Report on vaccination North-West Frontier Province 1904-1922 - 1904-1922
Year: 1904
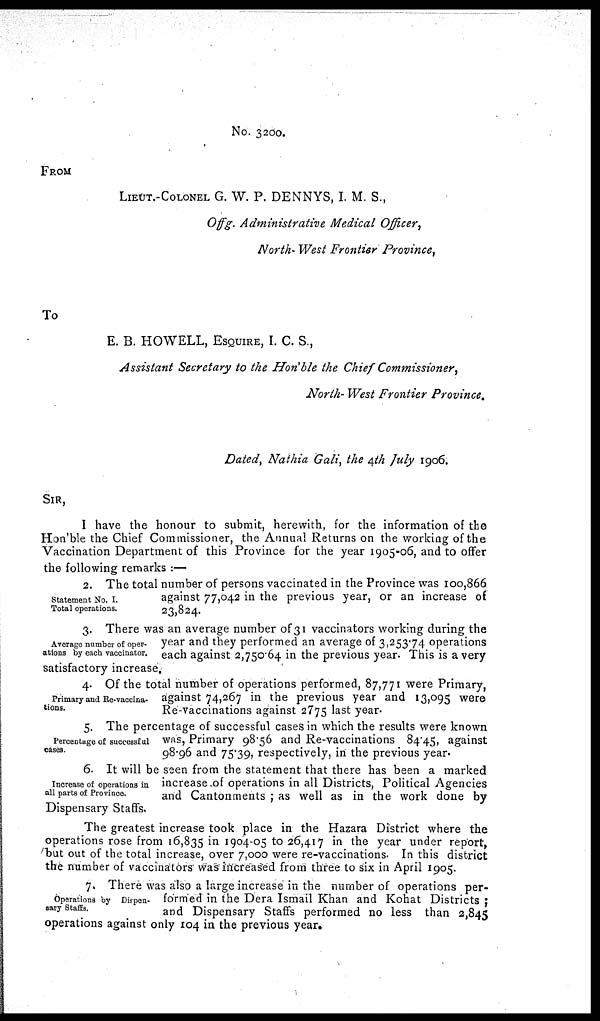
No. 3200.
FROM
LIEUT.-COLONEL G. W. P. DENNYS, I. M. S.,
Offg. Administrative Medical Officer,
North- West Frontier Province,
To
E. B. HOWELL, ESQUIRE, I. C. S.,
Assistant Secretary to the Hon'ble the Chief Commissioner,
North- West Frontier Province.
Dated, Nathia Gali, the 4th July 1906.
SIR,
I have the honour to submit, herewith, for the information of the
Hon'ble the Chief Commissioner, the Annual Returns on the working of the
Vaccination Department of this Province for the year 1905-06, and to offer
the following remarks :—
Statement No. I.
Total operations.
2. The total number of persons vaccinated in the Province was 100,866
against 77,042 in the previous year, or an increase of
23,824.
Average number of oper-
ations by each vaccinator.
3. There was an average number of 31 vaccinators working during the
year and they performed an average of 3,253.74 operations
each against 2,750.64 in the previous year. This is a very
satisfactory increase.
Primary and Re-vaccina-
tions.
4. Of the total number of operations performed, 87,771 were Primary,
against 74,267 in the previous year and 13,095 were
Re-vaccinations against 2775 last year.
Percentage of successful
cases.
5. The percentage of successful cases in which the results were known
was, Primary 98.56 and Re-vaccinations 84.45, against
98.96 and 75.39, respectively, in the previous year.
Increase of operations in
all parts of Province.
6. It will be seen from the statement that there has been a marked
increase of operations in all Districts, Political Agencies
and Cantonments ; as well as in the work done by
Dispensary Staffs.
The greatest increase took place in the Hazara District where the
operations rose from 16,835 in 1904-05 to 26,417 in the year under report,
but out of the total increase, over 7,000 were re-vaccinations. In this district
the number of vaccinators was increased from three to six in April 1905.
Operations by Dispen-
sary Staffs.
7. There was also a large increase in the number of operations per-
formed in the Dera Ismail Khan and Kohat Districts ;
and Dispensary Staffs performed no less than 2,845
operations against only 104 in the previous year.